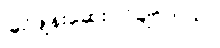
ခြင်ဖျန်းဆေး လိုချင်တယ်။